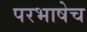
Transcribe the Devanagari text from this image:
परभाषेच